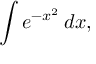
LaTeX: \int e ^ { - x ^ { 2 } } \, d x ,